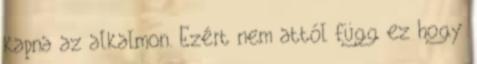
kapna az alkalmon. Ezért nem attól függ ez hogy